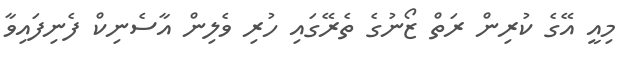
މިއީ އޭގެ ކުރިން ރަތް ޒޯނުގެ ތެރޭގައި ހުރި ވެލިން އާސެނިކް ފެނިފައިވާ